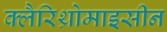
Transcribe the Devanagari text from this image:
क्लैरिथ्रोमाइसीन